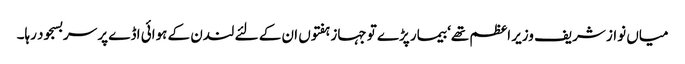
میاں نواز شریف وزیر اعظم تھے‘ بیمار پڑے تو جہاز ہفتوں ان کے لئے لندن کے ہوائی اڈے پر سربسجود رہا۔